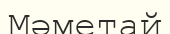
Мәметай